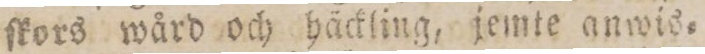
ſkors wård och häckling, jemte anwis=